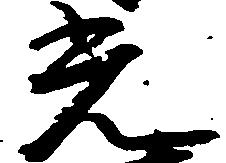
光